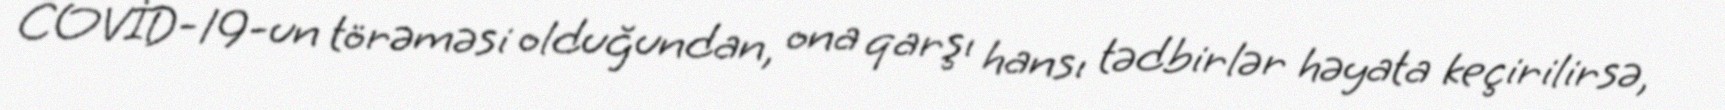
COVİD-19-un törəməsi olduğundan, ona qarşı hansı tədbirlər həyata keçirilirsə,